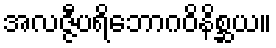
အလဇ္ဇီပရိဘောဂဝိနိစ္ဆယ။